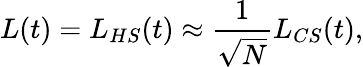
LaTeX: L(t)=L_{HS}(t)\approx\frac{1}{\sqrt{N}}L_{CS}(t),